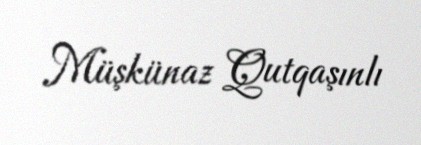
Müşkünaz Qutqaşınlı